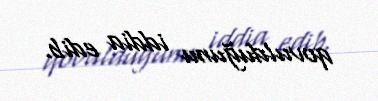
qovulduğunu iddia edib.